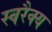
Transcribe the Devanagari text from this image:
स्वरैक्य